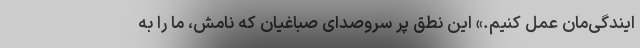
ایندگی‌مان عمل کنیم.» این نطق پر سروصدای صباغیان که نامش، ما را به